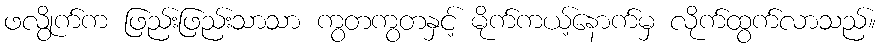
ဖလွိုက်က ဖြည်းဖြည်းသာသာ ကွတကွတနှင့် မိုက်ကယ့်နောက်မှ လိုက်ထွက်လာသည်။